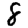
Digit: 8